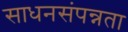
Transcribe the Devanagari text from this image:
साधनसंपन्नता